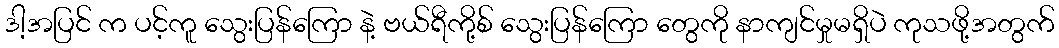
ဒါ့အပြင် က ပင့်ကူ သွေးပြန်ကြော နဲ့ ဗယ်ရီကို့စ် သွေးပြန်ကြော တွေကို နာကျင်မှုမရှိပဲ ကုသဖို့အတွက်